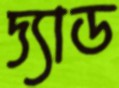
দ্যাড